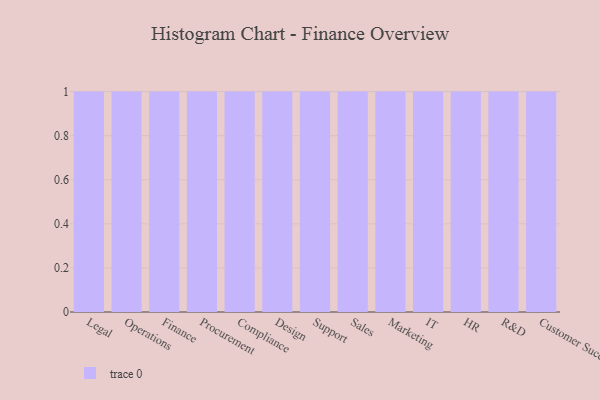
{"axis": {"x": "Department", "y": "Population (Million)"}, "legend": [""], "data": [{"x": "Legal", "y": 13, "type": ""}, {"x": "Operations", "y": 75, "type": ""}, {"x": "Finance", "y": 70, "type": ""}, {"x": "Procurement", "y": 16, "type": ""}, {"x": "Compliance", "y": 52, "type": ""}, {"x": "Design", "y": 69, "type": ""}, {"x": "Support", "y": 56, "type": ""}, {"x": "Sales", "y": 62, "type": ""}, {"x": "Marketing", "y": 96, "type": ""}, {"x": "IT", "y": 74, "type": ""}, {"x": "HR", "y": 70, "type": ""}, {"x": "R&D", "y": 56, "type": ""}, {"x": "Customer Success", "y": 73, "type": ""}]}